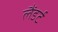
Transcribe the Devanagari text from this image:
लैंडर्ट